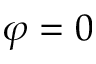
\varphi = 0